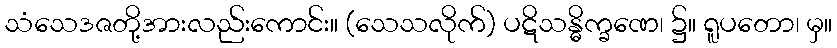
သံသေဒဇတို့အားလည်းကောင်း။ (သေသလိုက်) ပဋိသန္ဓိက္ခဏေ၊ ၌။ ရူပတော၊ မှ။